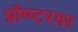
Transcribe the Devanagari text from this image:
प्रॉम्प्टरवर